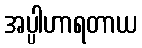
အပ္ပါဟာရတာယ